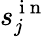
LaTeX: s_{j}^{\mathrm{~i~n~}}